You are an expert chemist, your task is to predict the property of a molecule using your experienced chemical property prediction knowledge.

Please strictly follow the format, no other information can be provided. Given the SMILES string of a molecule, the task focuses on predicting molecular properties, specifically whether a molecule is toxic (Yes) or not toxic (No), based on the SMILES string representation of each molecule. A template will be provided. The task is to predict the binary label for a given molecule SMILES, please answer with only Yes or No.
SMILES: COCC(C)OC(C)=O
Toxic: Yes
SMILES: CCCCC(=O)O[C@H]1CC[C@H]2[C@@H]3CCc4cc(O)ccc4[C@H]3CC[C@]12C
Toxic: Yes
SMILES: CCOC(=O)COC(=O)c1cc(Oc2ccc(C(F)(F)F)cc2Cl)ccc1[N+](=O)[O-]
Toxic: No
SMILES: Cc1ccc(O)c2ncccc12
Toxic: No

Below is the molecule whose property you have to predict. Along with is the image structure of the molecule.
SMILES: CCn1c2ccccc2c2cc([N+](=O)[O-])ccc21
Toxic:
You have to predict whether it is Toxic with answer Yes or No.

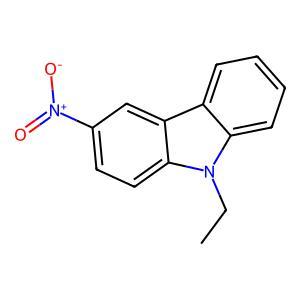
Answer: No